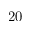
2 0